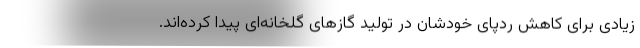
زیادی برای کاهش ردپای خودشان در تولید گازهای گلخانه‌ای پیدا کرده‌اند.